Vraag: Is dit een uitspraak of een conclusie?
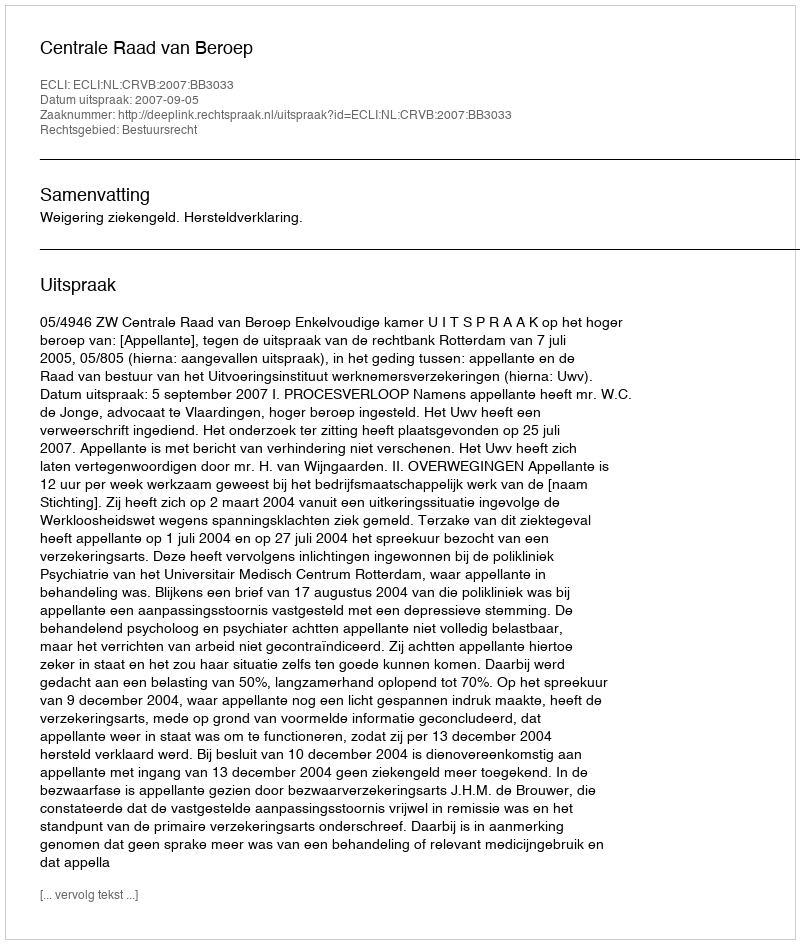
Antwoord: Uitspraak